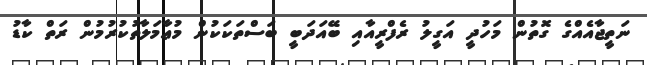
ނަތީޖާއެއްގެ ގޮތުން މަހުދީ އަގީލު ރެފްރީއާއި ބޭއަދަބީ ބަސްތަކަކުން މުޢާމަލާތުކުރުމުން ރަތް ކާޑު